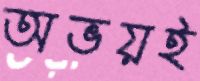
অভয়ই